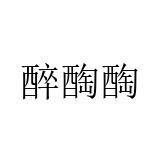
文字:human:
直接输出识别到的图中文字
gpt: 醉醄醄